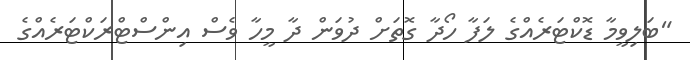
"ބަލިވީމާ ޑޮކްޓަރެއްގެ ލަފާ ހޯދާ ގޮތަށް ދުވަން ދާ މީހާ ވެސް އިންސްޓްރަކްޓަރެއްގެ